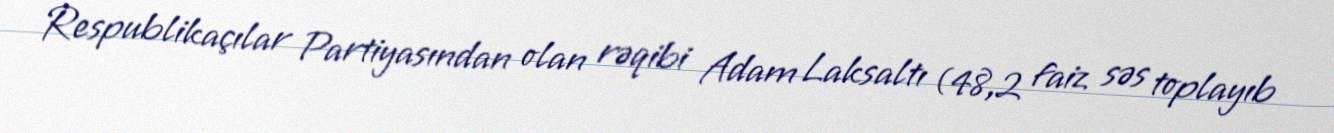
Respublikaçılar Partiyasından olan rəqibi Adam Laksaltı (48,2 faiz səs toplayıb